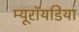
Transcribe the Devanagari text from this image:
म्यूरॉयडिया